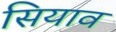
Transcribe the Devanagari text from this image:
सियाव